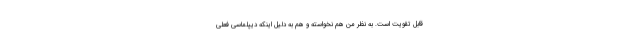
قابل تقویت است. به نظر من هم نخواسته و هم به دلیل اینکه دیپلماسی فعلی